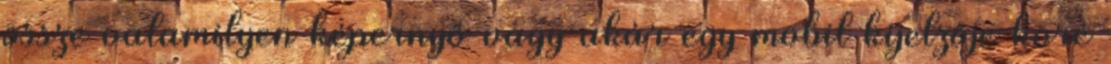
össze valamilyen képernyő vagy akár egy mobil kijelzője köré